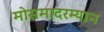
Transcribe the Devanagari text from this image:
मोसमादरम्यान